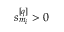
s _ { m _ { i } } ^ { [ q ] } > 0